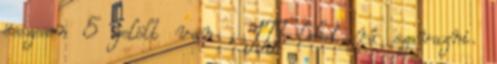
összesen 5 jelölt van , ITT lehet rá szavazni.